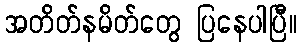
အတိတ်နမိတ်တွေ ပြနေပါပြီ။